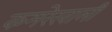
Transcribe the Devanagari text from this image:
कमरेखाली